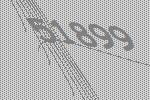
51899